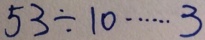
5 3 \div 1 0 \cdots 3